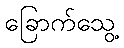
ခြောက်သွေ့